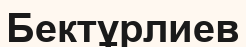
Бектұрлиев